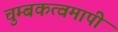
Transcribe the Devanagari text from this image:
चुम्बकत्वमापी